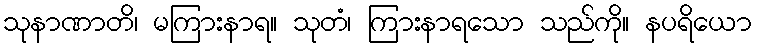
သုနာဏာတိ၊ မကြားနာရ။ သုတံ၊ ကြားနာရသော သည်ကို။ နပရိယော